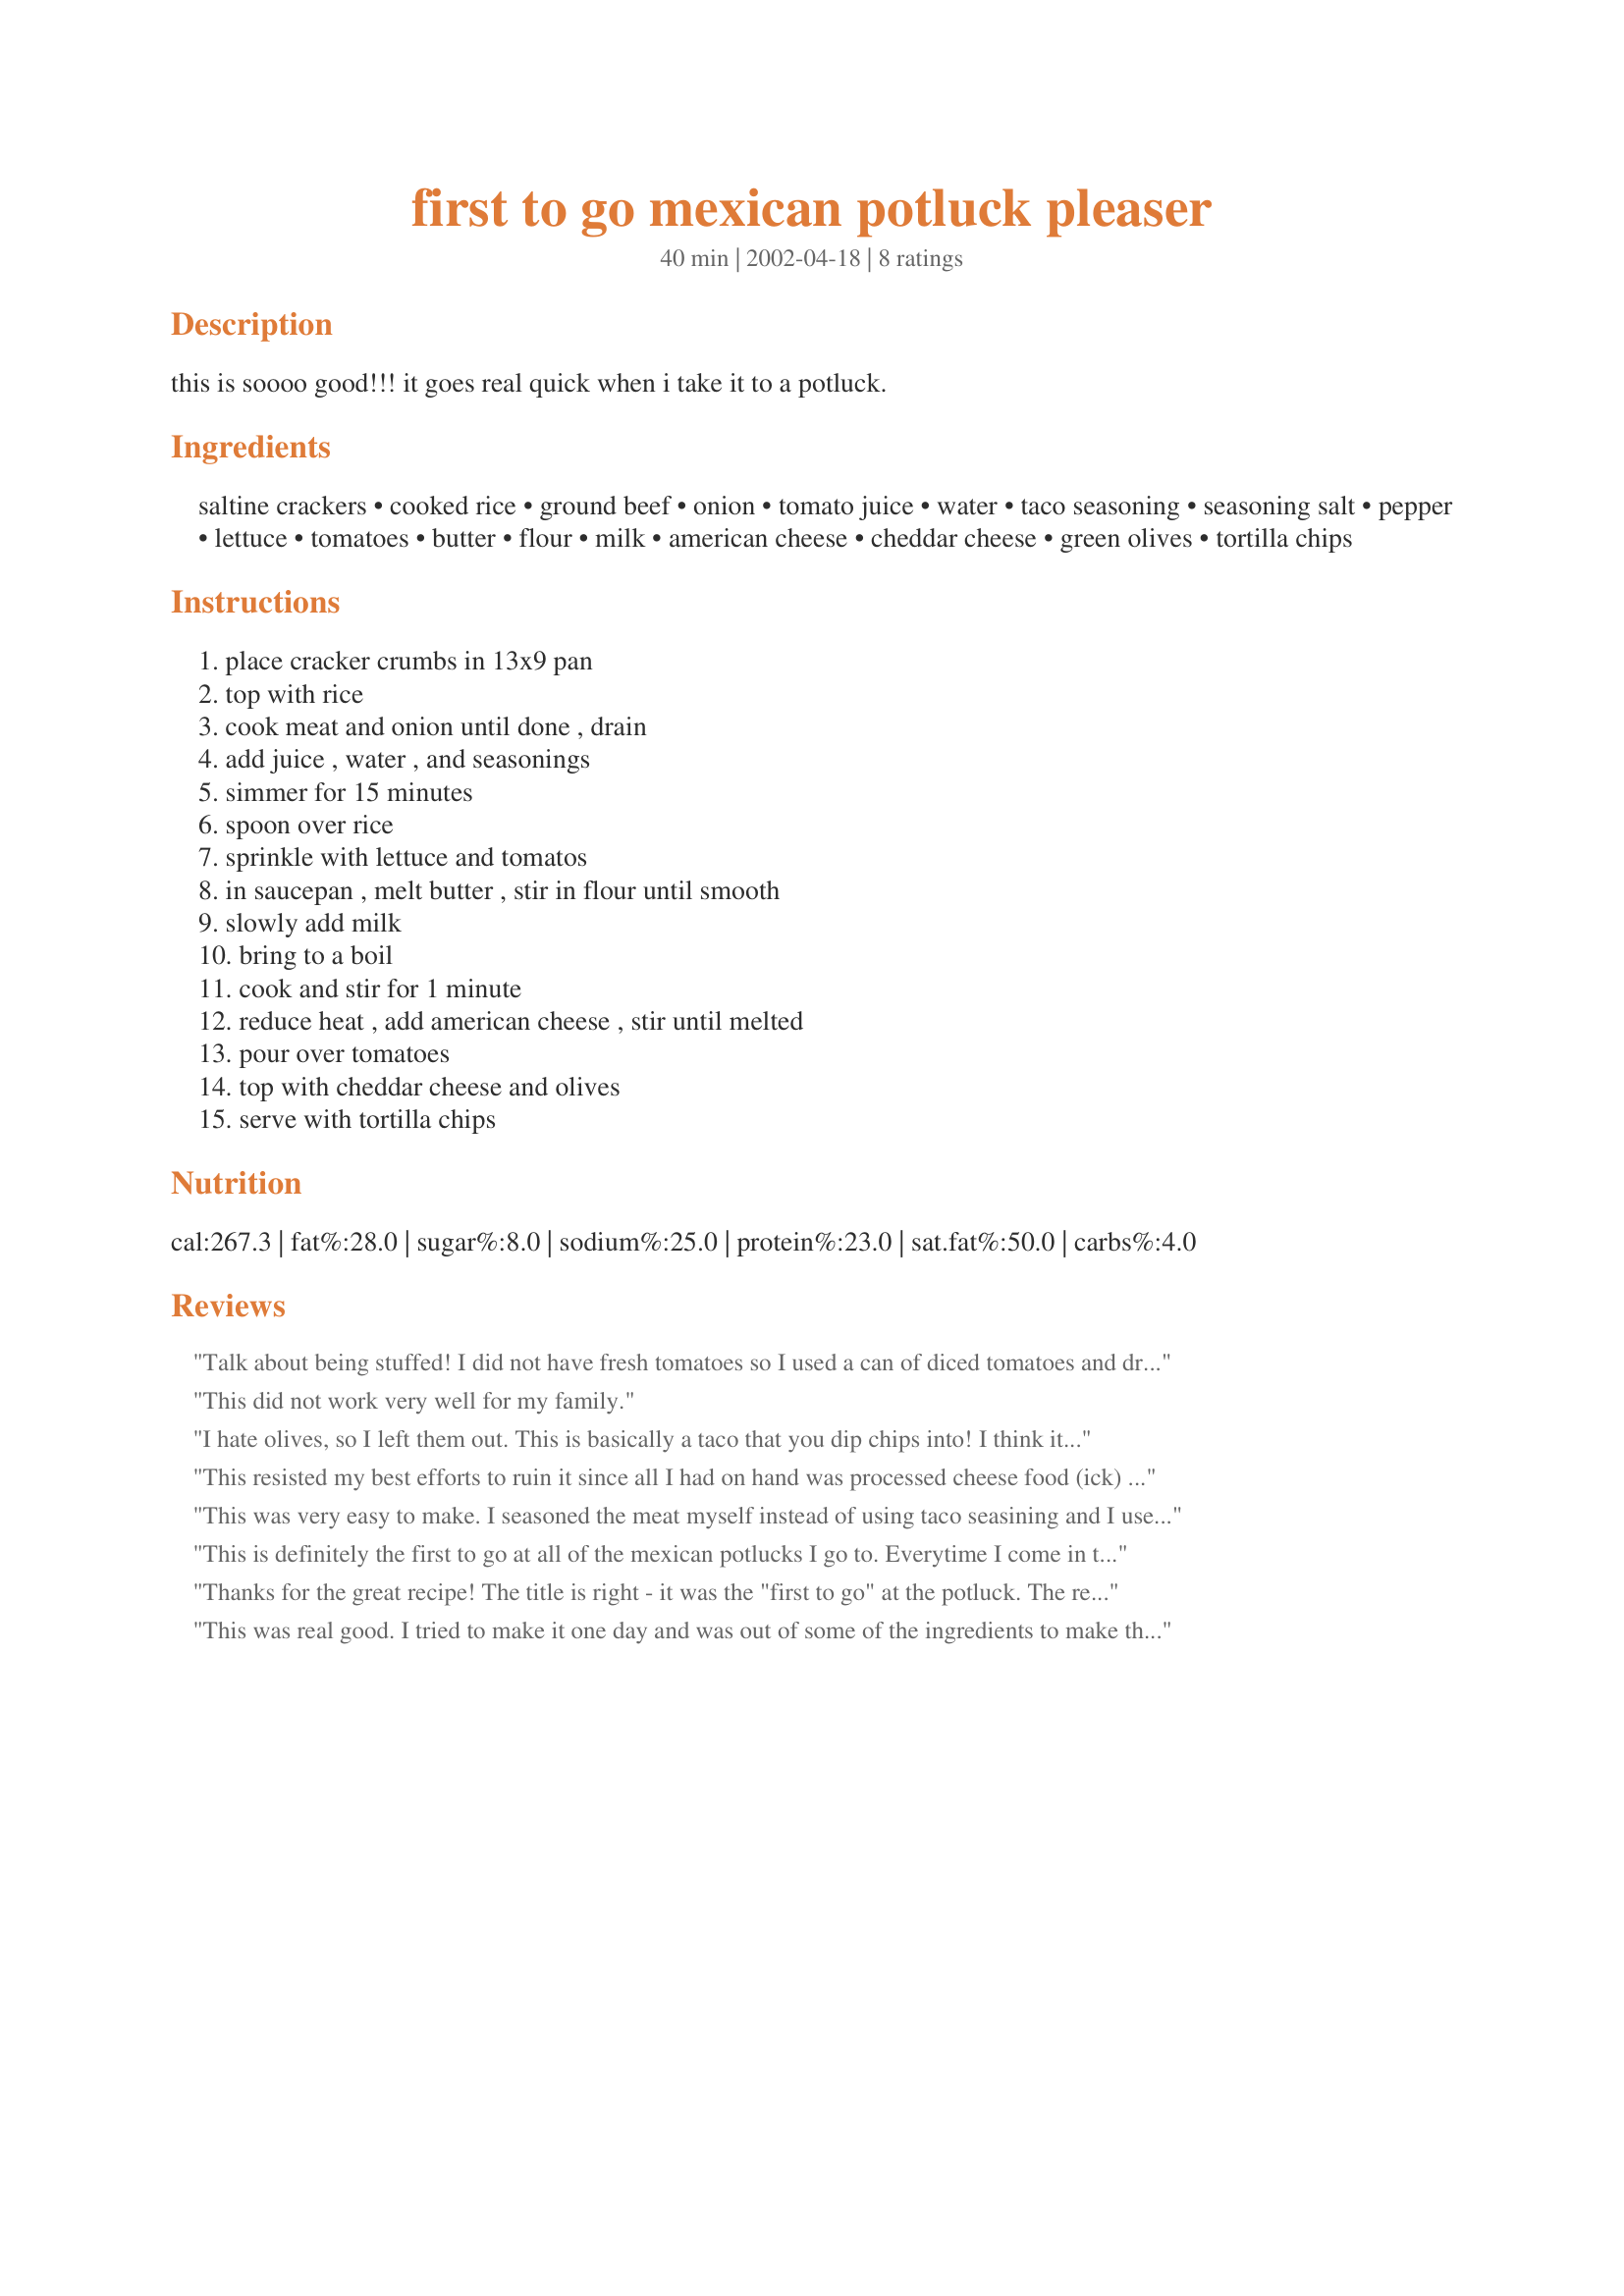
first to go mexican potluck pleaser
Preparation time: 40 minutes

this is soooo good!!! it goes real quick when i take it to a potluck.

Ingredients:
saltine crackers, cooked rice, ground beef, onion, tomato juice, water, taco seasoning, seasoning salt, pepper, lettuce, tomatoes, butter, flour, milk, american cheese, cheddar cheese, green olives, tortilla chips

Steps:
place cracker crumbs in 13x9 pan, top with rice, cook meat and onion until done , drain, add juice , water , and seasonings, simmer for 15 minutes, spoon over rice, sprinkle with lettuce and tomatos, in saucepan , melt butter , stir in flour until smooth, slowly add milk, bring to a boil, cook and stir for 1 minute, reduce heat , add american cheese , stir until melted, pour over tomatoes, top with cheddar cheese and olives, serve with tortilla chips

Reviews:
Talk about being stuffed! I did not have fresh tomatoes so I used a can of diced tomatoes and drained it to use the juice for the recipe. I loved the salty taste of the gr. olives but my kids want black olives on it next time. So I'll make it half green/half black.
This did not work very well for my family.
I hate olives, so I left them out. This is basically a taco that you dip chips into! I think it turned out great and will definitely make it again. (I might adjust the directions to make them a little easier to understand, too.) Next time I think I'll try the suggestion to use Mexican cheese on top.
This resisted my best efforts to ruin it since all I had on hand was processed cheese food (ick) and fajita seasoning (waaaay too salty). Still it was mostly eaten at the cookout and Hubby finished the rest. Can't wait to make it again -- correctly.
This was very easy to make. I seasoned the meat myself instead of using taco seasining and I used velveeta instead of the cubed american cheese. I love this recipe and took it to a pot luck and it is one of those requested recipes! Everyone loves this and it is perfectly named too! It is first to go!
This is definitely the first to go at all of the mexican potlucks I go to. Everytime I come in they so "oh good, you made it again". Everyone looks forward to it. Definitely a crowd pleaser. Thanks!
Thanks for the great recipe! The title is right - it was the "first to go" at the potluck. The recipe was so easy to adapt to what I had on hand in my pantry. I loved the fact that I could make up the components ahead of time and assembly the casserole right before it was to be served! Great for working families. I added a chipotle bouillon cube to the cooking water of my brown rice in place of salt and low sodium taco seasoning (always trying to offset some of the sodium from "store bought" items). Another shortcut was using a 15.5 oz. jar of salsa con queso in place of cooking cheese sauce. Also used a shredded 4 Mexican Cheese blend for the topping.
This was real good. I tried to make it one day and was out of some of the ingredients to make the whole meal. I ended up putting the meat mixture, the (left over) rice, and the cheese sauce in the fridge. I put the whole meal together a few nights after and it turned out real good. My DH used extra tortilla chips to dip the casserole. Kids liked it also. Thank you!!
